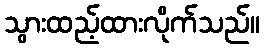
သွားထည့်ထားလိုက်သည်။